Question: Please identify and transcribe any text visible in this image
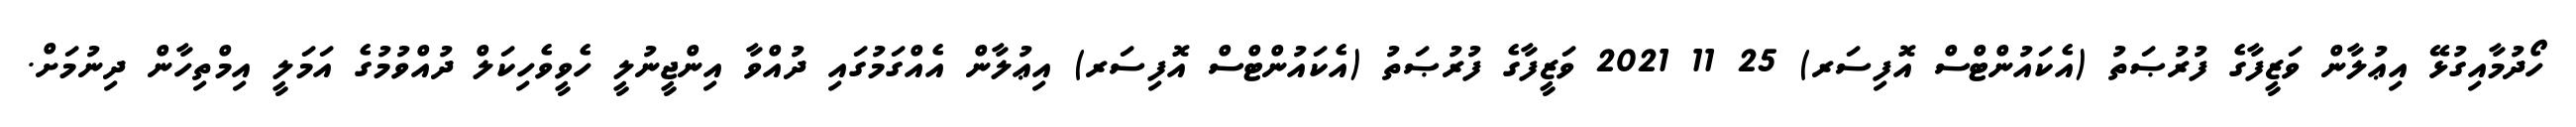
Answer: ހޯދުމާއިގުޅޭ އިޢުލާން ވަޒީފާގެ ފުރުޞަތު (އެކައުންޓްސް އޮފިސަރ) 25 11 2021 ވަޒީފާގެ ފުރުޞަތު (އެކައުންޓްސް އޮފިސަރ) އިޢުލާން އެއްގަމުގައި ދުއްވާ އިންޖީނުލީ ހެވީވެހިކަލް ދުއްވުމުގެ އަމަލީ އިމްތިހާން ދިނުމަށް.